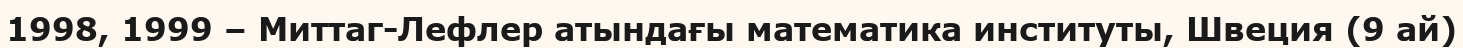
1998, 1999 – Миттаг-Лефлер атындағы математика институты, Швеция (9 ай)